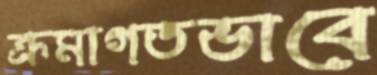
ক্রমাগতভাবে